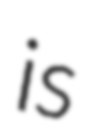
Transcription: is